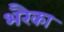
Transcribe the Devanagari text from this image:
भरैका